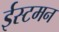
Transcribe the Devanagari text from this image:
ईस्टमन